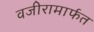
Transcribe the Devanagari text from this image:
वजीरामार्फत